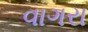
વાગરા